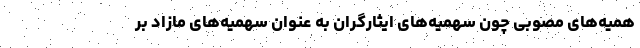
همیه‌های مصوبی چون سهمیه‌های ایثارگران به عنوان سهمیه‌های مازاد بر